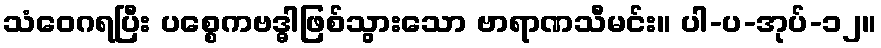
သံဝေဂရပြီး ပစ္စေကဗဒ္ဓါဖြစ်သွားသော ဗာရာဏသီမင်း။ ပါ-ပ-အုပ်-၁၂။